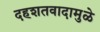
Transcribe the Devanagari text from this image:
दहशतवादामुळे